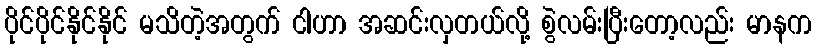
ပိုင်ပိုင်နိုင်နိုင် မသိတဲ့အတွက် ငါဟာ အဆင်းလှတယ်လို့ စွဲလမ်းပြီးတော့လည်း မာနက